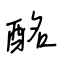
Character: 酩